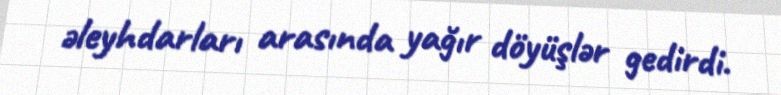
əleyhdarları arasında yağır döyüşlər gedirdi.